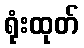
ရုံးထုတ်